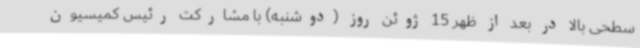
سطحی بالا در بعد از ظهر 15 ژوئن روز (دوشنبه) با مشارکت رئیس کمیسیون